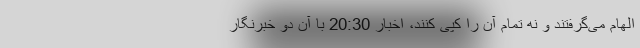
الهام می‌گرفتند و نه تمام آن را کپی کنند، اخبار 20:30 با آن دو خبرنگار